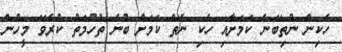
ހެކިން ނުތިބޭނެ ކަމަށާއި ހެކި ނެތް ކަމަށް ބުނެ ތުހުމަތު ކުރެވޭ މީހުން